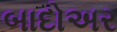
બાદોઅર